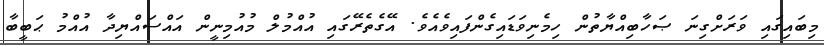
މިބައިގައި ވަރަށްގިނަ ޞަހާބިއްޔާތުން ހިމެނިވަޑައިގެންފައިވެއެވެ. އޭގެތެރޭގައި އުއްމުލް މުއުމިނީން އައްސައްޔިދާ އުއްމު ޙަބީބާ